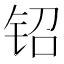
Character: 𬬿